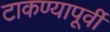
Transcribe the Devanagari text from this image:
टाकण्यापूर्वी